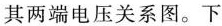
其两端电压关系图。下